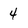
Character: 4